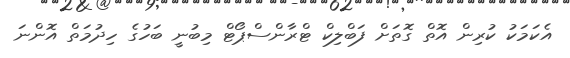
އެކަމަކު ކުރިން އޮތް ގޮތަށް ފަބްލިކް ޓްރާންސްޕޯޓް މިބުނީ ބަހުގެ ހިދުމަތް އޮންނަ